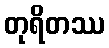
တုရိတဿ